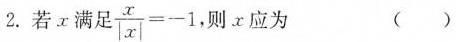
2. 若 x 满足 $$\frac { x } { | x | } = - 1$$ ，则 x 应为 ( )